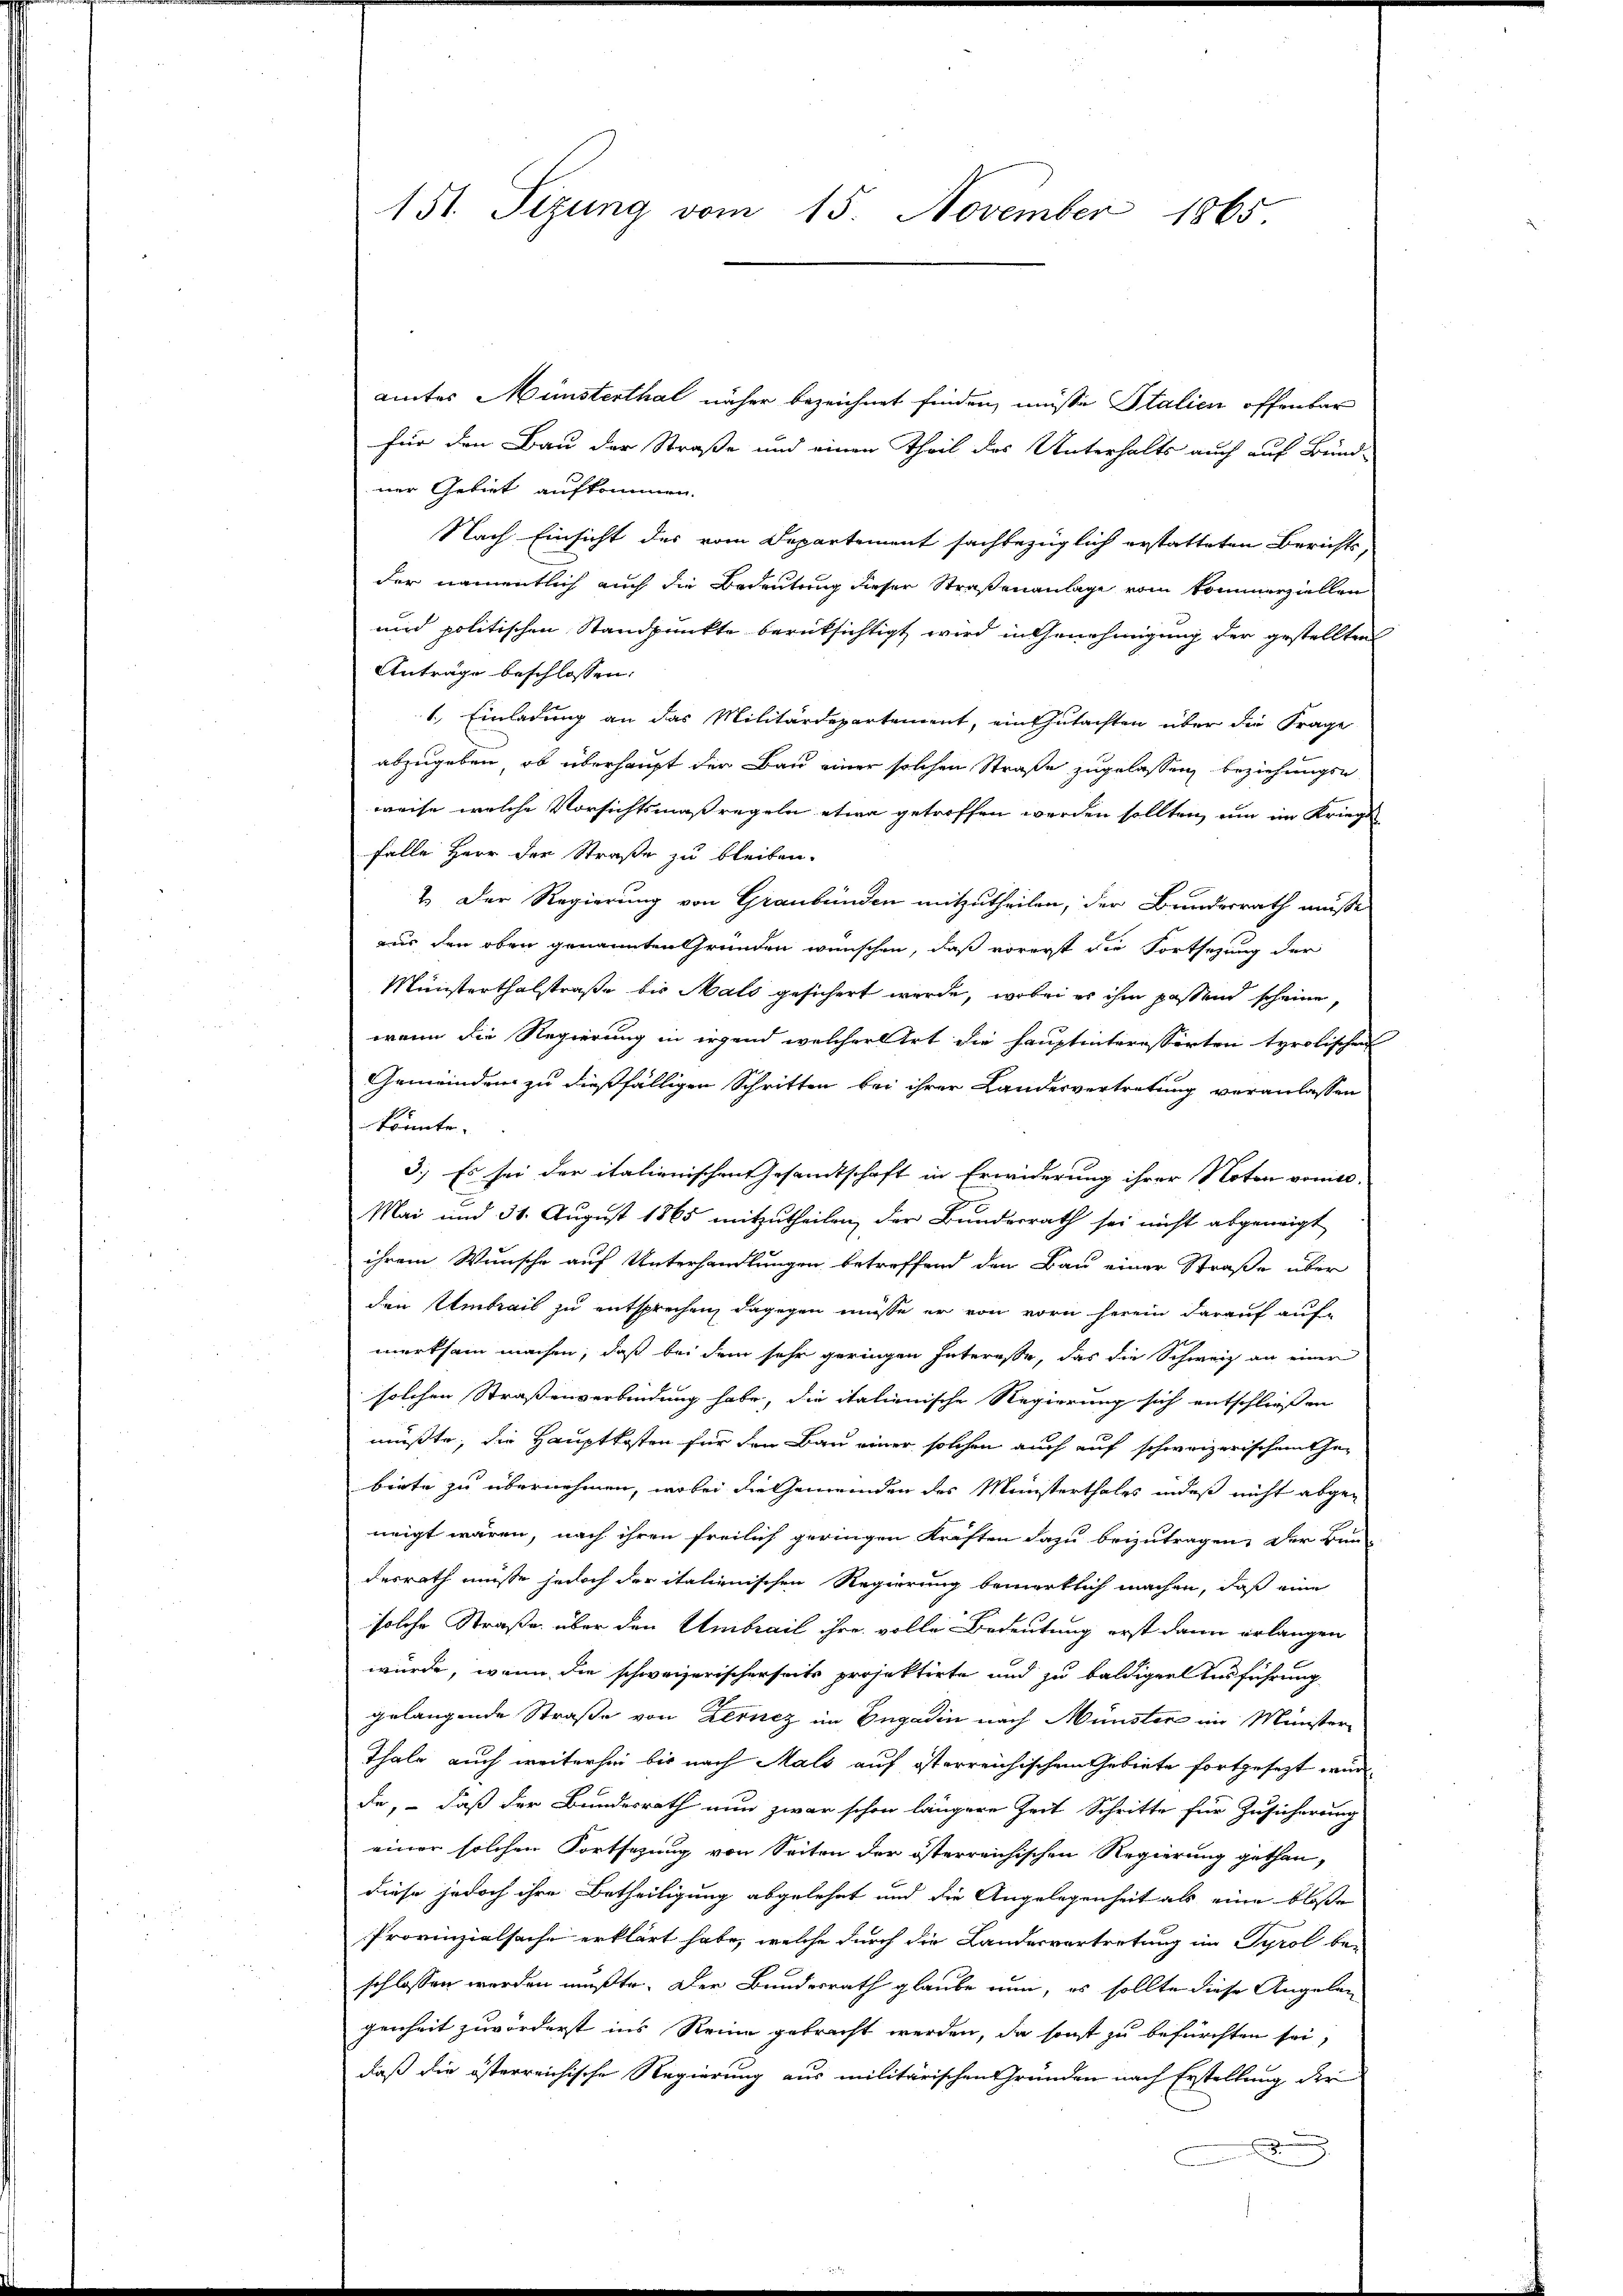
151. Sizung vom 15. November 1865

amtes Münsterthal näher bezeichnet finden, müsse Stalien offenbar
für den Bau der Straße und einen Theil des Unterhalts auch auf Bünd-
ner Gebiet aufkommen.
Nach Einsicht des vom Departement sachbezüglich erstatteten Berichts,
der namentlich auch die Bedeutung dieser Straßenanlage vom kommerziellen
und politischen Standpunkte berücksichtigt wird in Genehmigung der gestellten
Anträge beschlossen:
1.) Einladung an das Militärdepartement, ein Gutachten über die Frage
abzugeben, ob überhaupt der Bau einer solchen Straße zugelassen, beziehungs-
weise welche Vorsichtsmaßregeln etwa getroffen werden sollten, um im Kriegs
falle Herr der Straße zu bleiben.
2.) Der Regierung von Graubünden mitzutheilen, der Bundesrath müsse
aus den oben genannten Gründen wünschen, daß vorerst die Fortsetzung der
Münsterthalstraße bis Mals gesichert werde, wobei es ihm passend scheine,
wenn die Regierung in irgend welcher Art die Hauptinteresserten tyrolischen
Gemeinden zu dießfälligen Schritten bei ihrer Landesvertretung veranlassen
könnte.
3.) Es sei der italienischen Gesamtschaft in Erwiderung ihrer Noten vom 10.
Mai und 31. August 1865 mitzutheilen, der Bundesrath sei nicht abgeneigt
ihrem Wunsche auf Unterhandlungen betreffend den Bau einer Straße über
den Umbrais zu entsprechen, dagegen müsse er von vorn herein darauf aufmerksam machen, daß bei dem sehr geringen Interesse, das die Schweiz an einer
solchen Straßenverbindung habe, die italienische Regierung sich entschliessen
müßte, die Hauptkosten für den Bau einer solchen auch auf schweizerischen Gebirte zu übernehmen, wobei die Gemeinden des Ministerthales indeß nicht abgeneigt wären, nach ihren freilich geringen Kraften dazu beizutragen, der Be
derrath müsse jedoch der italienischen Regierung bemerklich machen, daß eine
solche Straße über den Umbrail ihre volle Bedeutung erst dann erlangen
würde, wenn die schweizerischerseits projektirte und zu baldiger Ausführung
gelangende Straße von Zerncz im Engadin nach Münster im Minister
Thale auch weitersen bis nach Mals auf österreichischem Gebiete fortgesezt wird
de, – daß der Bundesrath nun zwar schon längere Zeit Schritte für Zusicherung
einer solchen Fortsezung von Seiten der österreichischen Regierung gethan,
diese jedoch ihre Betheiligung abgelehnt und die Angelegenheit als eine bloße
Provinzialsache erklärt habe, welche durch die Landesvertretung im Tyrol be-
schlossen werden müßte. Der Bundesrath glaube nun, es sollte diese Angelan
genheit zuvörderst ins Reine gebracht werden, da sonst zu befürchten sei,
daß die österreichische Regierung aus militärischen Gründen nach Erstellung der
.